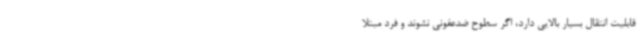
قابلیت انتقال بسیار بالایی دارد، اگر سطوح ضدعفونی نشوند و فرد مبتلا